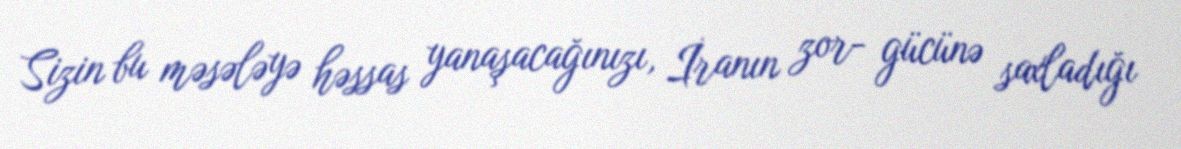
Sizin bu məsələyə həssas yanaşacağınızı, İranın zor- gücünə saxladığı